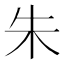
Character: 朱